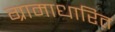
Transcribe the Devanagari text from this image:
ग्रामाधारित